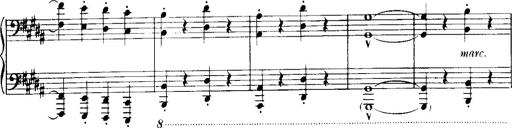
Title: Historische ungarische Bildnisse
Composer: Franz Liszt